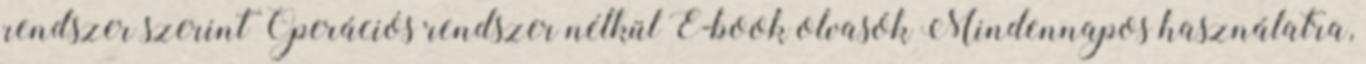
rendszer szerint Operációs rendszer nélkül E-book olvasók Mindennapos használatra,